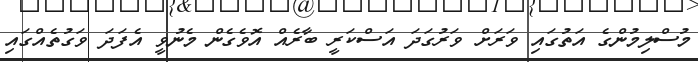
މުސްލިމުންގެ އަތުގައި ވަރަށް ވަރުގަދަ އަސްކަރީ ބާރެއް އޮވެގެން މެނުވީ އެފަދަ ވަގުތެއްގައި